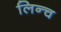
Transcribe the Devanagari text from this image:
लिन्च